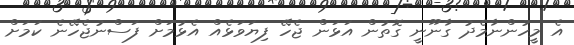
އެ މީހުންނާމެދު ގާނޫނީ ގޮތުން އަޅަން ޖެހޭ ފިޔަވަޅެއް އެޅުމަށް ފަސްނުޖެހޭނެ ކަމަށް